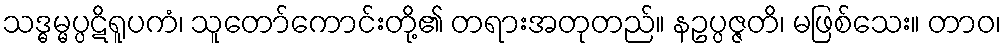
သဒ္ဓမ္မပ္ပဋိရူပကံ၊ သူတော်ကောင်းတို့၏ တရားအတုတည်။ နဥပ္ပဇ္ဇတိ၊ မဖြစ်သေး။ တာဝ၊